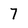
Character: 7